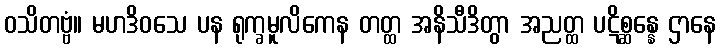
ဝသိတဗ္ဗံ။ မဟဒိဝသေ ပန ရုက္ခမူလိကေန တတ္ထ အနိသီဒိတွာ အညတ္ထ ပဋိစ္ဆန္နေ ဌာနေ